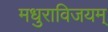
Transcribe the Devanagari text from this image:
मधुराविजयम्